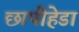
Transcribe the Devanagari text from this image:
छापीहेडा